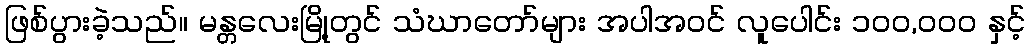
ဖြစ်ပွားခဲ့သည်။ မန္တလေးမြို့တွင် သံဃာတော်များ အပါအဝင် လူပေါင်း ၁၀၀,၀၀၀ နှင့်